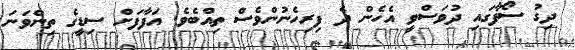
ދިގު ސޯފާގައި ދުވަސްވީ އެހެން ދެ ފިރިހެނުންވެސް ތިއްބެވެ. އަފާފަށް ސިޑީގެ ތިންވަނަ